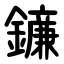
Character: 䥥